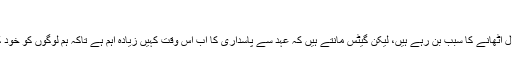
”
مشکل اقتصادی ایام دنیا بھر کے رہنماؤں اور عوام کو اپنے امدادی وعدوں پر سوال اٹھانے کا سبب بن رہے ہیں، لیکن گیٹس مانتے ہیں کہ عہد سے پاسداری کا اب اِس وقت کہیں زیادہ اہم ہے تاکہ ہم لوگوں کو خود کفالت تک پہنچانے اور دست گیری کی ضرورت کے خاتمے میں مدد دے سکیں۔